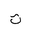
Letter: _ta